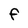
Character: F